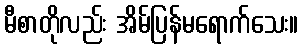
မီစာတိုလည်း အိမ်ပြန်မရောက်သေး။